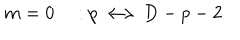
LaTeX: m = 0 \quad : p \longleftrightarrow D - p - 2